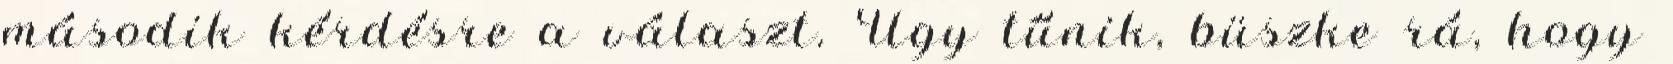
második kérdésre a választ. Úgy tűnik, büszke rá, hogy